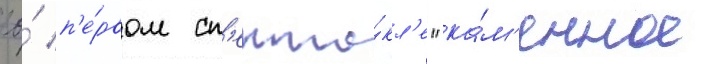
ео́ п'е́рвом сп'екта́кл'е "ка́м'енное